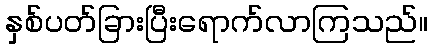
နှစ်ပတ်ခြားပြီးရောက်လာကြသည်။